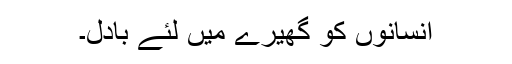
انسانوں کو گھیرے میں لئے بادل۔